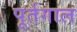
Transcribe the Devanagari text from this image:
पूर्तगाल